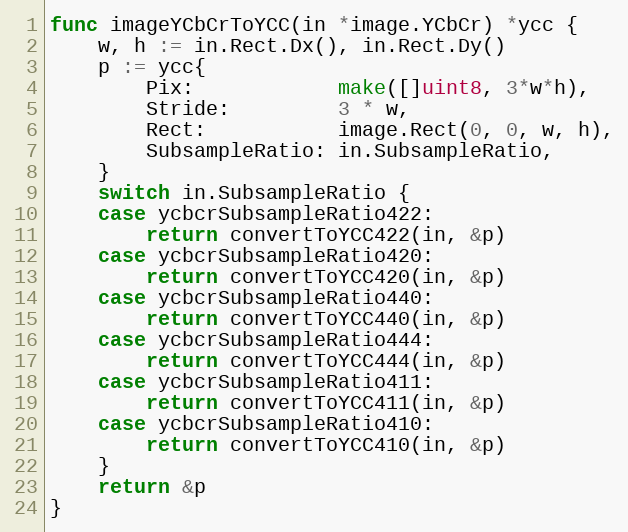
Language: Go
func imageYCbCrToYCC(in *image.YCbCr) *ycc {
	w, h := in.Rect.Dx(), in.Rect.Dy()
	p := ycc{
		Pix:            make([]uint8, 3*w*h),
		Stride:         3 * w,
		Rect:           image.Rect(0, 0, w, h),
		SubsampleRatio: in.SubsampleRatio,
	}
	switch in.SubsampleRatio {
	case ycbcrSubsampleRatio422:
		return convertToYCC422(in, &p)
	case ycbcrSubsampleRatio420:
		return convertToYCC420(in, &p)
	case ycbcrSubsampleRatio440:
		return convertToYCC440(in, &p)
	case ycbcrSubsampleRatio444:
		return convertToYCC444(in, &p)
	case ycbcrSubsampleRatio411:
		return convertToYCC411(in, &p)
	case ycbcrSubsampleRatio410:
		return convertToYCC410(in, &p)
	}
	return &p
}